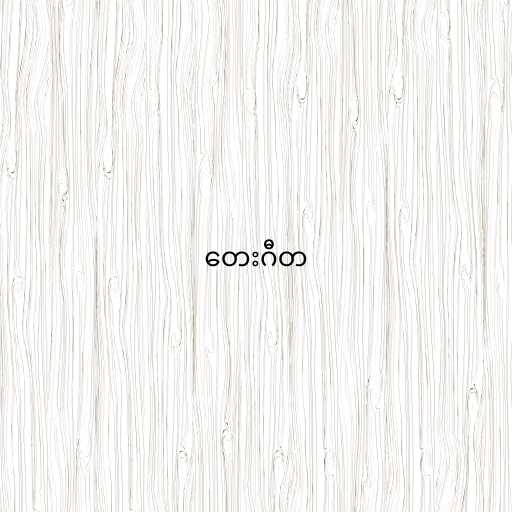
တေးဂီတ